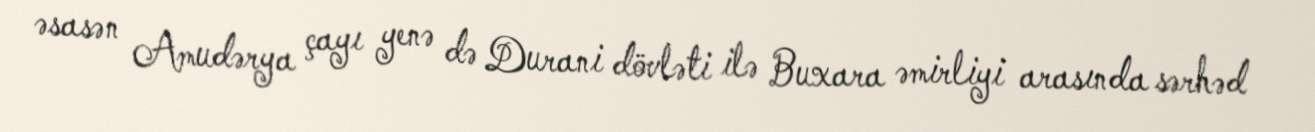
əsasən Amudərya çayı yenə də Durani dövləti ilə Buxara əmirliyi arasında sərhəd